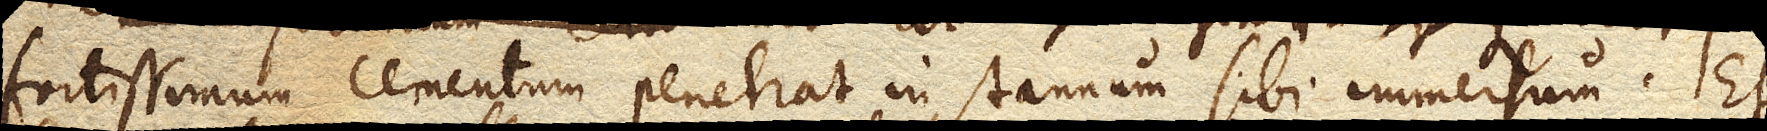
fortissimum cementum penetrat in stannum sibi immersum. Et